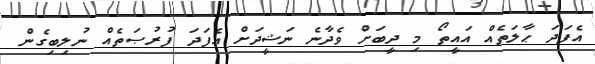
އެފަދަ ޙާލަތެއް އައީތޯ މި ދީބަށް ވެދާނެ ނަޝީދަށް އެފަދަ ފުރުޞަތެއް ނުލިބިގެން